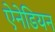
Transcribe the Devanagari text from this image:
ऐनेडियन